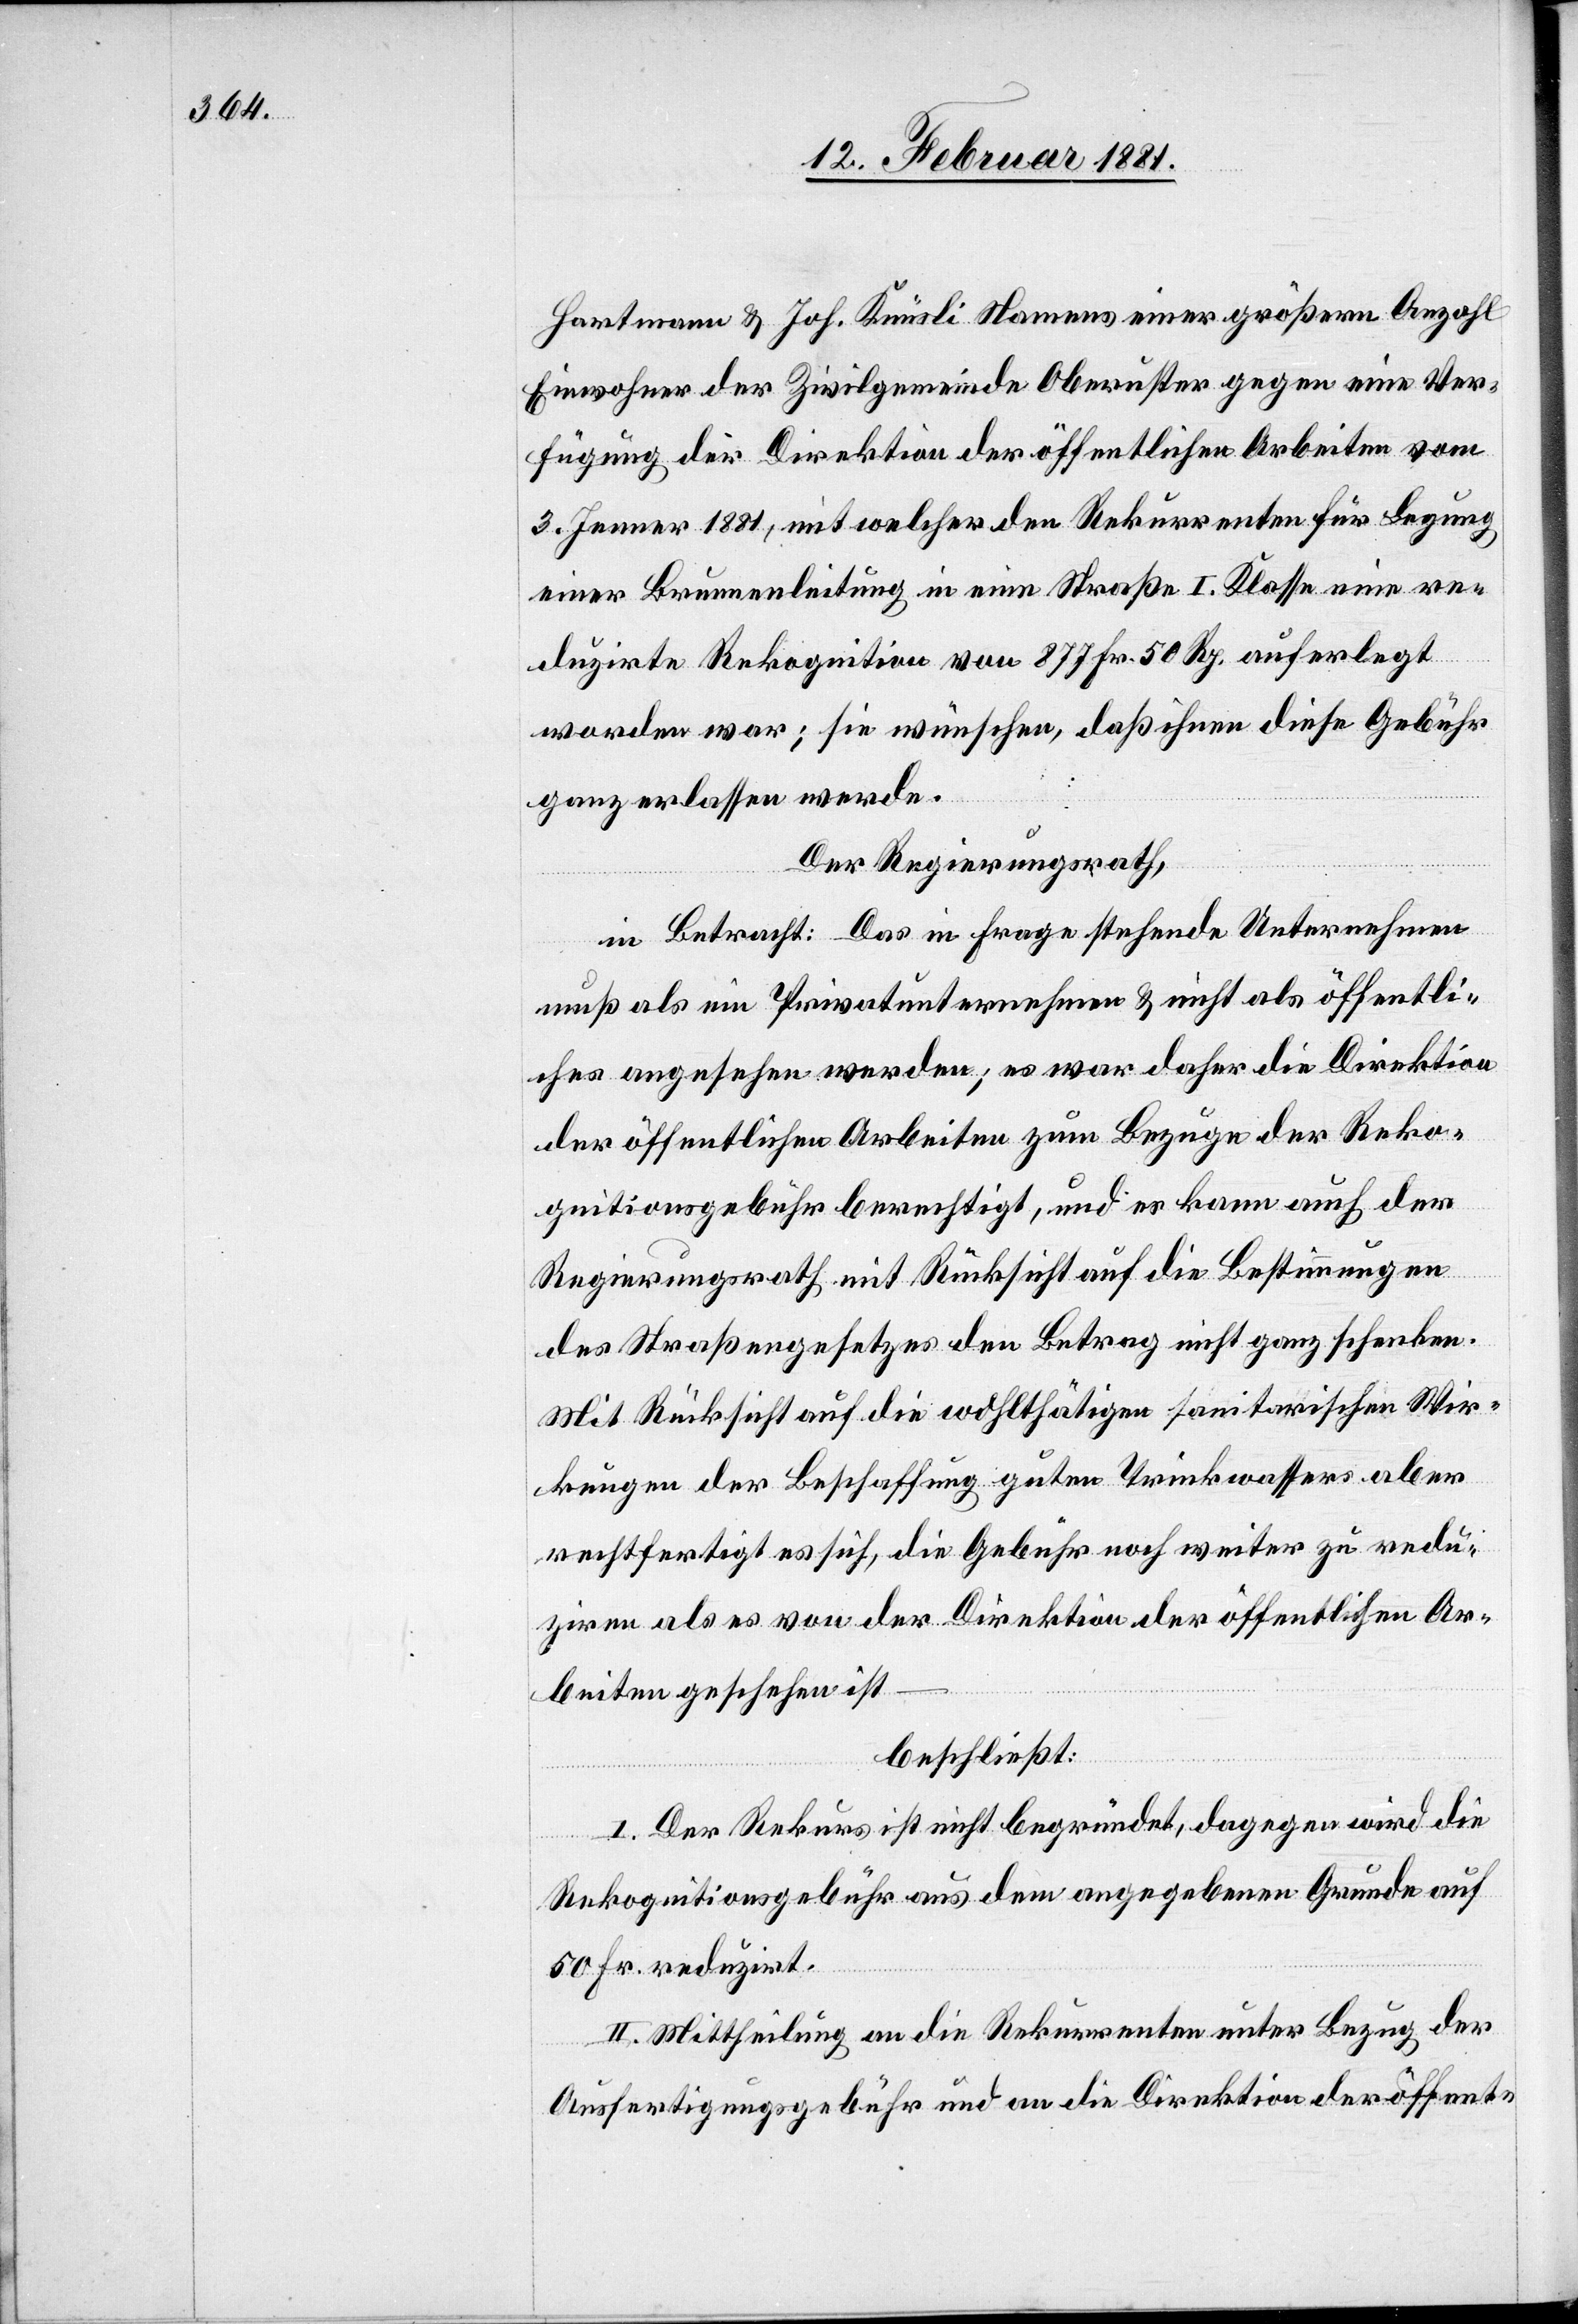
Hartmann & Joh. Knüsli Namens einer größern Anzahl
Einwohner der Zivilgemeinde Oberuster gegen eine Ver¬
fügung der Direktion der öffentlichen Arbeiten vom
3. Jenner 1881, mit welcher der Rekurrenten für Legung
einer Brunnenleitung in eine Straße I. Klasse eine re¬
duzirte Rekognition von 877 Fr. 50 Rp. auferlegt
worden war; sie wünschen, daß ihnen diese Gebühr
ganz erlassen werde.
Der Regierungsrath,
in Betracht: Das in Frage stehende Unternehmen
muß als ein Privatunternehmen & nicht als öffentli¬
ches angesehen werden; es war daher die Direktion
der öffentlichen Arbeiten zum Bezuge der Reko¬
gnitionsgebühr berechtigt, und es kann auch der
Regierungsrath mit Rücksicht auf die Bestimmungen
des Straßengesetzes den Betrag nicht ganz schenken.
Mit Rücksicht auf die wohlthätigen sanitarischen Wir¬
kungen der Beschaffung guten Trinkwassers aber
rechtfertigt es sich, die Gebühr noch weiter zu redu¬
ziren als es von der Direktion der öffentlichen Ar¬
beiten geschehen ist
beschließt:
I. Der Rekurs ist nicht begründet, dagegen wird die
Rekognitionsgebühr aus dem angegebenen Grunde auf
50. Fr. reduzirt.
II. Mittheilung an die Rekurrenten unter Bezug der
Ausfertigungsgebühr und an die Direktion der öffent-